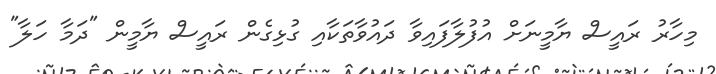
މިހާރު ރައީސް ޔާމީނަށް އުފުލާފައިވާ ދައުވާތަކާއި ގުޅިގެން ރައީސް ޔާމީން "ދަމާ ހަލާ"